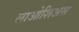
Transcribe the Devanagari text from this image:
लाओशिअस